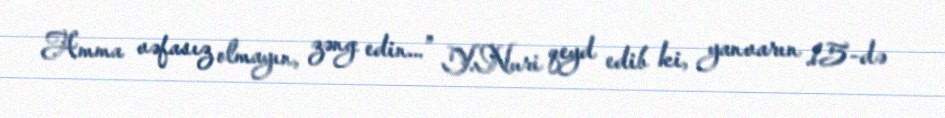
Amma vəfasız olmayın, zəng edin...” Y.Nuri qeyd edib ki, yanvarın 15-də